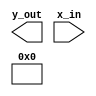
module SHR #(\n        parameter SHIFT = 64,                // 64 default should never be used\n        parameter WORDBITS  = 32\n    ) (\n        output wire [WORDBITS-1:0] y_out,\n        input  wire [WORDBITS-1:0] x_in\n    );\n    assign y_out[WORDBITS - 1 - SHIFT : 0]  = x_in[WORDBITS - 1 : SHIFT];\n    assign y_out[WORDBITS - 1 : WORDBITS - SHIFT] = {SHIFT{1'b0}};\nendmodule
module ROTR #(\n        parameter SHIFT = 64,                // 64 default should never be used\n        parameter WORDBITS  = 32\n    ) (\n        output wire [WORDBITS-1:0] y_out,\n        input  wire [WORDBITS-1:0] x_in\n    );\n    assign y_out = { x_in[SHIFT - 1 : 0], x_in[WORDBITS - 1 : SHIFT] };\nendmodule
module sig0 #(\n        parameter WORDBITS  = 32\n    ) (\n        output wire [WORDBITS-1:0] y_out,\n        input  wire [WORDBITS-1:0] x_in\n    );\n//  uint32_t \u03c30(uint32_t x) { return ROTR(x, 7) ^ ROTR(x, 18) ^ (x >> 3); }\n  \n    wire [WORDBITS-1:0] a, b, c;\n    \n    ROTR #(.SHIFT(7))  rr7  (a, x_in);\n    ROTR #(.SHIFT(18)) rr18 (b, x_in);\n    SHR  #(.SHIFT(3))  sr3  (c, x_in);\n    \n    assign y_out = a ^ b ^ c;\nendmodule
module sig1 #(\n        parameter WORDBITS  = 32\n    ) (\n        output wire [WORDBITS-1:0] y_out,\n        input  wire [WORDBITS-1:0] x_in\n    );\n//  uint32_t \u03c31(uint32_t x) { return ROTR(x, 17) ^ ROTR(x, 19) ^ (x >> 10); }\n  \n    wire [WORDBITS-1:0] a, b, c;\n    \n    ROTR #(.SHIFT(17)) rr17 (a, x_in);\n    ROTR #(.SHIFT(19)) rr19 (b, x_in);\n    SHR  #(.SHIFT(10)) sr10 (c, x_in);\n    \n    assign y_out = a ^ b ^ c;\nendmodule
module ScheduleMessageQuad #(\n        parameter WORDBITS  = 32,\n        parameter MSGWORDS  = 16,       // message width in words\n        parameter MSGBITS   = MSGWORDS * WORDBITS,\n        parameter [WORDBITS-1:0]    K0_constIn = 0,\n        parameter [WORDBITS-1:0]    K1_constIn = 0,\n        parameter [WORDBITS-1:0]    K2_constIn = 0,\n        parameter [WORDBITS-1:0]    K3_constIn = 0\n    ) (\n        output wire [WORDBITS-1:0]  KW0_out,\n        output wire [WORDBITS-1:0]  KW1_out,\n        output wire [WORDBITS-1:0]  KW2_out,\n        output wire [WORDBITS-1:0]  KW3_out,\n        output wire [MSGBITS-1:0]   W_out,\n        input                       clk,\n        input  wire [MSGBITS-1 : 0] W_in\n    );\n\n    reg [WORDBITS-1:0] W [MSGWORDS-1: 0];\n    \n    // by convention, all stages synch at input, not at output\n    // capture the input at rising clock\n    \n    generate\n      genvar I;\n      for (I = 0; I < MSGWORDS; I = I + 1)\n      begin\n        localparam IW = I * WORDBITS;\n        \n        always @(posedge clk) begin\n            W[I] <= W_in[IW + WORDBITS - 1 : IW];\n        end\n      end\n    endgenerate\n  \n    // mix the message schedule W[] in a cyclic recurrence.\n    //   W[i & 15u] += \u03c31(W[(i - 2) & 15u]) + W[(i - 7) & 15u] + \u03c30(W[(i - 15) & 15u]);\n\n    assign KW0_out = K0_constIn + W[0];\n    assign KW1_out = K1_constIn + W[1];\n    assign KW2_out = K2_constIn + W[2];\n    assign KW3_out = K3_constIn + W[3];\n\n    wire [WORDBITS-1:0] s0_1, s1_14, WC;\n    sig0 sig0_1  (.y_out(s0_1),  .x_in(W[1]));\n    sig1 sig1_14 (.y_out(s1_14), .x_in(W[14]));\n    assign WC = (W[0] + W[9]) + s1_14 + s0_1;\n\n    wire [WORDBITS-1:0] s0_2, s1_15, WD;\n    sig0 sig0_2  (.y_out(s0_2),  .x_in(W[2]));\n    sig1 sig1_15 (.y_out(s1_15), .x_in(W[15]));\n    assign WD = (W[1] + W[10]) + s1_15 + s0_2;\n\n    wire [WORDBITS-1:0] s0_3, s1_00, WE;\n    sig0 sig0_3  (.y_out(s0_3),  .x_in(W[3]));\n    sig1 sig1_00 (.y_out(s1_00), .x_in(WC));\n    assign WE = (W[2] + W[11]) + s1_00 + s0_3;\n\n    wire [WORDBITS-1:0] s0_4, s1_01, WF;\n    sig0 sig0_4  (.y_out(s0_4),  .x_in(W[4]));\n    sig1 sig1_01 (.y_out(s1_01), .x_in(WD));\n    assign WF = (W[3] + W[12]) + s1_01 + s0_4;\n\n    localparam CW = 12 * WORDBITS;\n    localparam DW = 13 * WORDBITS;\n    localparam EW = 14 * WORDBITS;\n    localparam FW = 15 * WORDBITS;\n\n    assign W_out[CW + WORDBITS - 1 : CW] = WC;\n    assign W_out[DW + WORDBITS - 1 : DW] = WD;\n    assign W_out[EW + WORDBITS - 1 : EW] = WE;\n    assign W_out[FW + WORDBITS - 1 : FW] = WF;\n\n    generate\n      genvar J;\n      for (J = 0; J < (MSGWORDS - 4); J = J + 1)\n      begin\n        localparam JW = J * WORDBITS;\n        assign W_out[JW + WORDBITS - 1 : JW] = W[J + 4];\n      end\n    endgenerate\n\nendmodule
module ScheduleMessageFinalQuads #(\n        parameter WORDBITS  = 32,\n        parameter WINWORDS  = 16,               // input message width in words\n        parameter WOUTWORDS = (WINWORDS - 4),   // 4 words consumed in each of the final quads\n        parameter [WORDBITS-1:0]    K0_constIn = 0,\n        parameter [WORDBITS-1:0]    K1_constIn = 0,\n        parameter [WORDBITS-1:0]    K2_constIn = 0,\n        parameter [WORDBITS-1:0]    K3_constIn = 0\n    ) (\n        output wire [WORDBITS-1:0]  KW0_out,\n        output wire [WORDBITS-1:0]  KW1_out,\n        output wire [WORDBITS-1:0]  KW2_out,\n        output wire [WORDBITS-1:0]  KW3_out,\n        output wire [(WOUTWORDS * WORDBITS)-1:0]   W_out,\n        input                       clk,\n        input  wire [(WINWORDS * WORDBITS)-1 : 0] W_in\n    );\n\n    reg [WORDBITS-1:0] W [WINWORDS-1: 0];\n    \n    // by convention, all stages synch at input, not at output\n    // capture the input at rising clock\n    \n    generate\n        genvar I;\n        for (I = 0; I < WINWORDS; I = I + 1)\n        begin\n            localparam IW = I * WORDBITS;\n\n            always @(posedge clk) begin\n                W[I] <= W_in[IW + WORDBITS - 1 : IW];\n            end\n        end\n    endgenerate\n  \n    // mix the message schedule W[] in a cyclic recurrence.\n    //   W[i & 15u] += \u03c31(W[(i - 2) & 15u]) + W[(i - 7) & 15u] + \u03c30(W[(i - 15) & 15u]);\n\n    assign KW0_out = K0_constIn + W[0];\n    assign KW1_out = K1_constIn + W[1];\n    assign KW2_out = K2_constIn + W[2];\n    assign KW3_out = K3_constIn + W[3];\n\n    generate\n        genvar J;\n        for (J = 0; J < (WOUTWORDS - 4); J = J + 1)\n        begin\n            localparam JW = J * WORDBITS;\n            assign W_out[JW + WORDBITS - 1 : JW] = W[J + 4];\n        end\n    endgenerate\n\nendmodule
module ScheduleMessageQuad15 #(\n        parameter WORDBITS  = 32,\n        parameter WINWORDS  = 4,               // input message width in words\n        parameter [WORDBITS-1:0]    K0_constIn = 0,\n        parameter [WORDBITS-1:0]    K1_constIn = 0,\n        parameter [WORDBITS-1:0]    K2_constIn = 0,\n        parameter [WORDBITS-1:0]    K3_constIn = 0\n    ) (\n        output wire [WORDBITS-1:0]  KW0_out,\n        output wire [WORDBITS-1:0]  KW1_out,\n        output wire [WORDBITS-1:0]  KW2_out,\n        output wire [WORDBITS-1:0]  KW3_out,\n        input                       clk,\n        input  wire [(WINWORDS * WORDBITS)-1 : 0] W_in\n    );\n\n    reg [WORDBITS-1:0] W [WINWORDS-1: 0];\n    \n    // by convention, all stages synch at input, not at output\n    // capture the input at rising clock\n    \n    generate\n        genvar I;\n        for (I = 0; I < WINWORDS; I = I + 1)\n        begin\n            localparam IW = I * WORDBITS;\n\n            always @(posedge clk) begin\n                W[I] <= W_in[IW + WORDBITS - 1 : IW];\n            end\n        end\n    endgenerate\n  \n    // mix the message schedule W[] in a cyclic recurrence.\n    //   W[i & 15u] += \u03c31(W[(i - 2) & 15u]) + W[(i - 7) & 15u] + \u03c30(W[(i - 15) & 15u]);\n\n    assign KW0_out = K0_constIn + W[0];\n    assign KW1_out = K1_constIn + W[1];\n    assign KW2_out = K2_constIn + W[2];\n    assign KW3_out = K3_constIn + W[3];\n\nendmodule